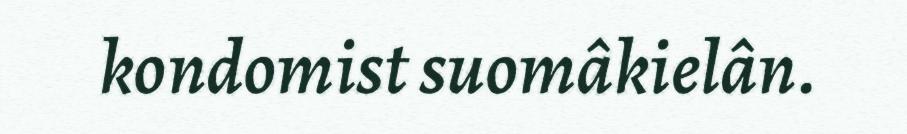
kondomist suomâkielân.